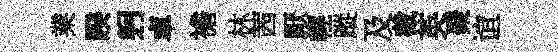
業睽躬卓襜林茜厭輕蹤及截英聚谊